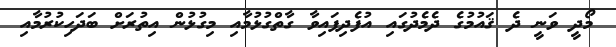
މޯދީ ވަނީ ދެ ޤައުމުގެ ދެމެދުގައި އުފެދިފައިވާ ގާތްގުޅުމާއި މިގުޅުން އިތުރަށް ބަދަހިކުރުމާއި